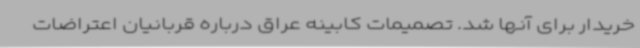
خریدار برای آنها شد. تصمیمات کابینه عراق درباره قربانیان اعتراضات